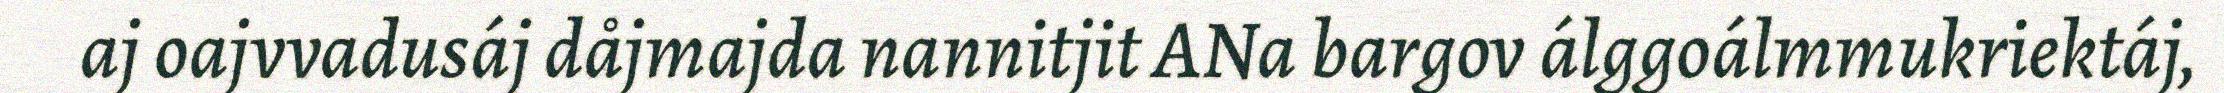
aj oajvvadusáj dåjmajda nannitjit ANa bargov álggoálmmukriektáj,